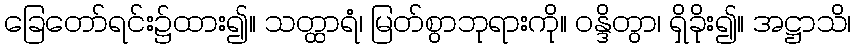
ခြေတော်ရင်း၌ထား၍။ သတ္ထာရံ၊ မြတ်စွာဘုရားကို။ ဝန္ဒိတွာ၊ ရှိခိုး၍။ အဋ္ဌာသိ၊